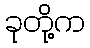
ခုတို့က